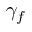
\gamma _ { f }